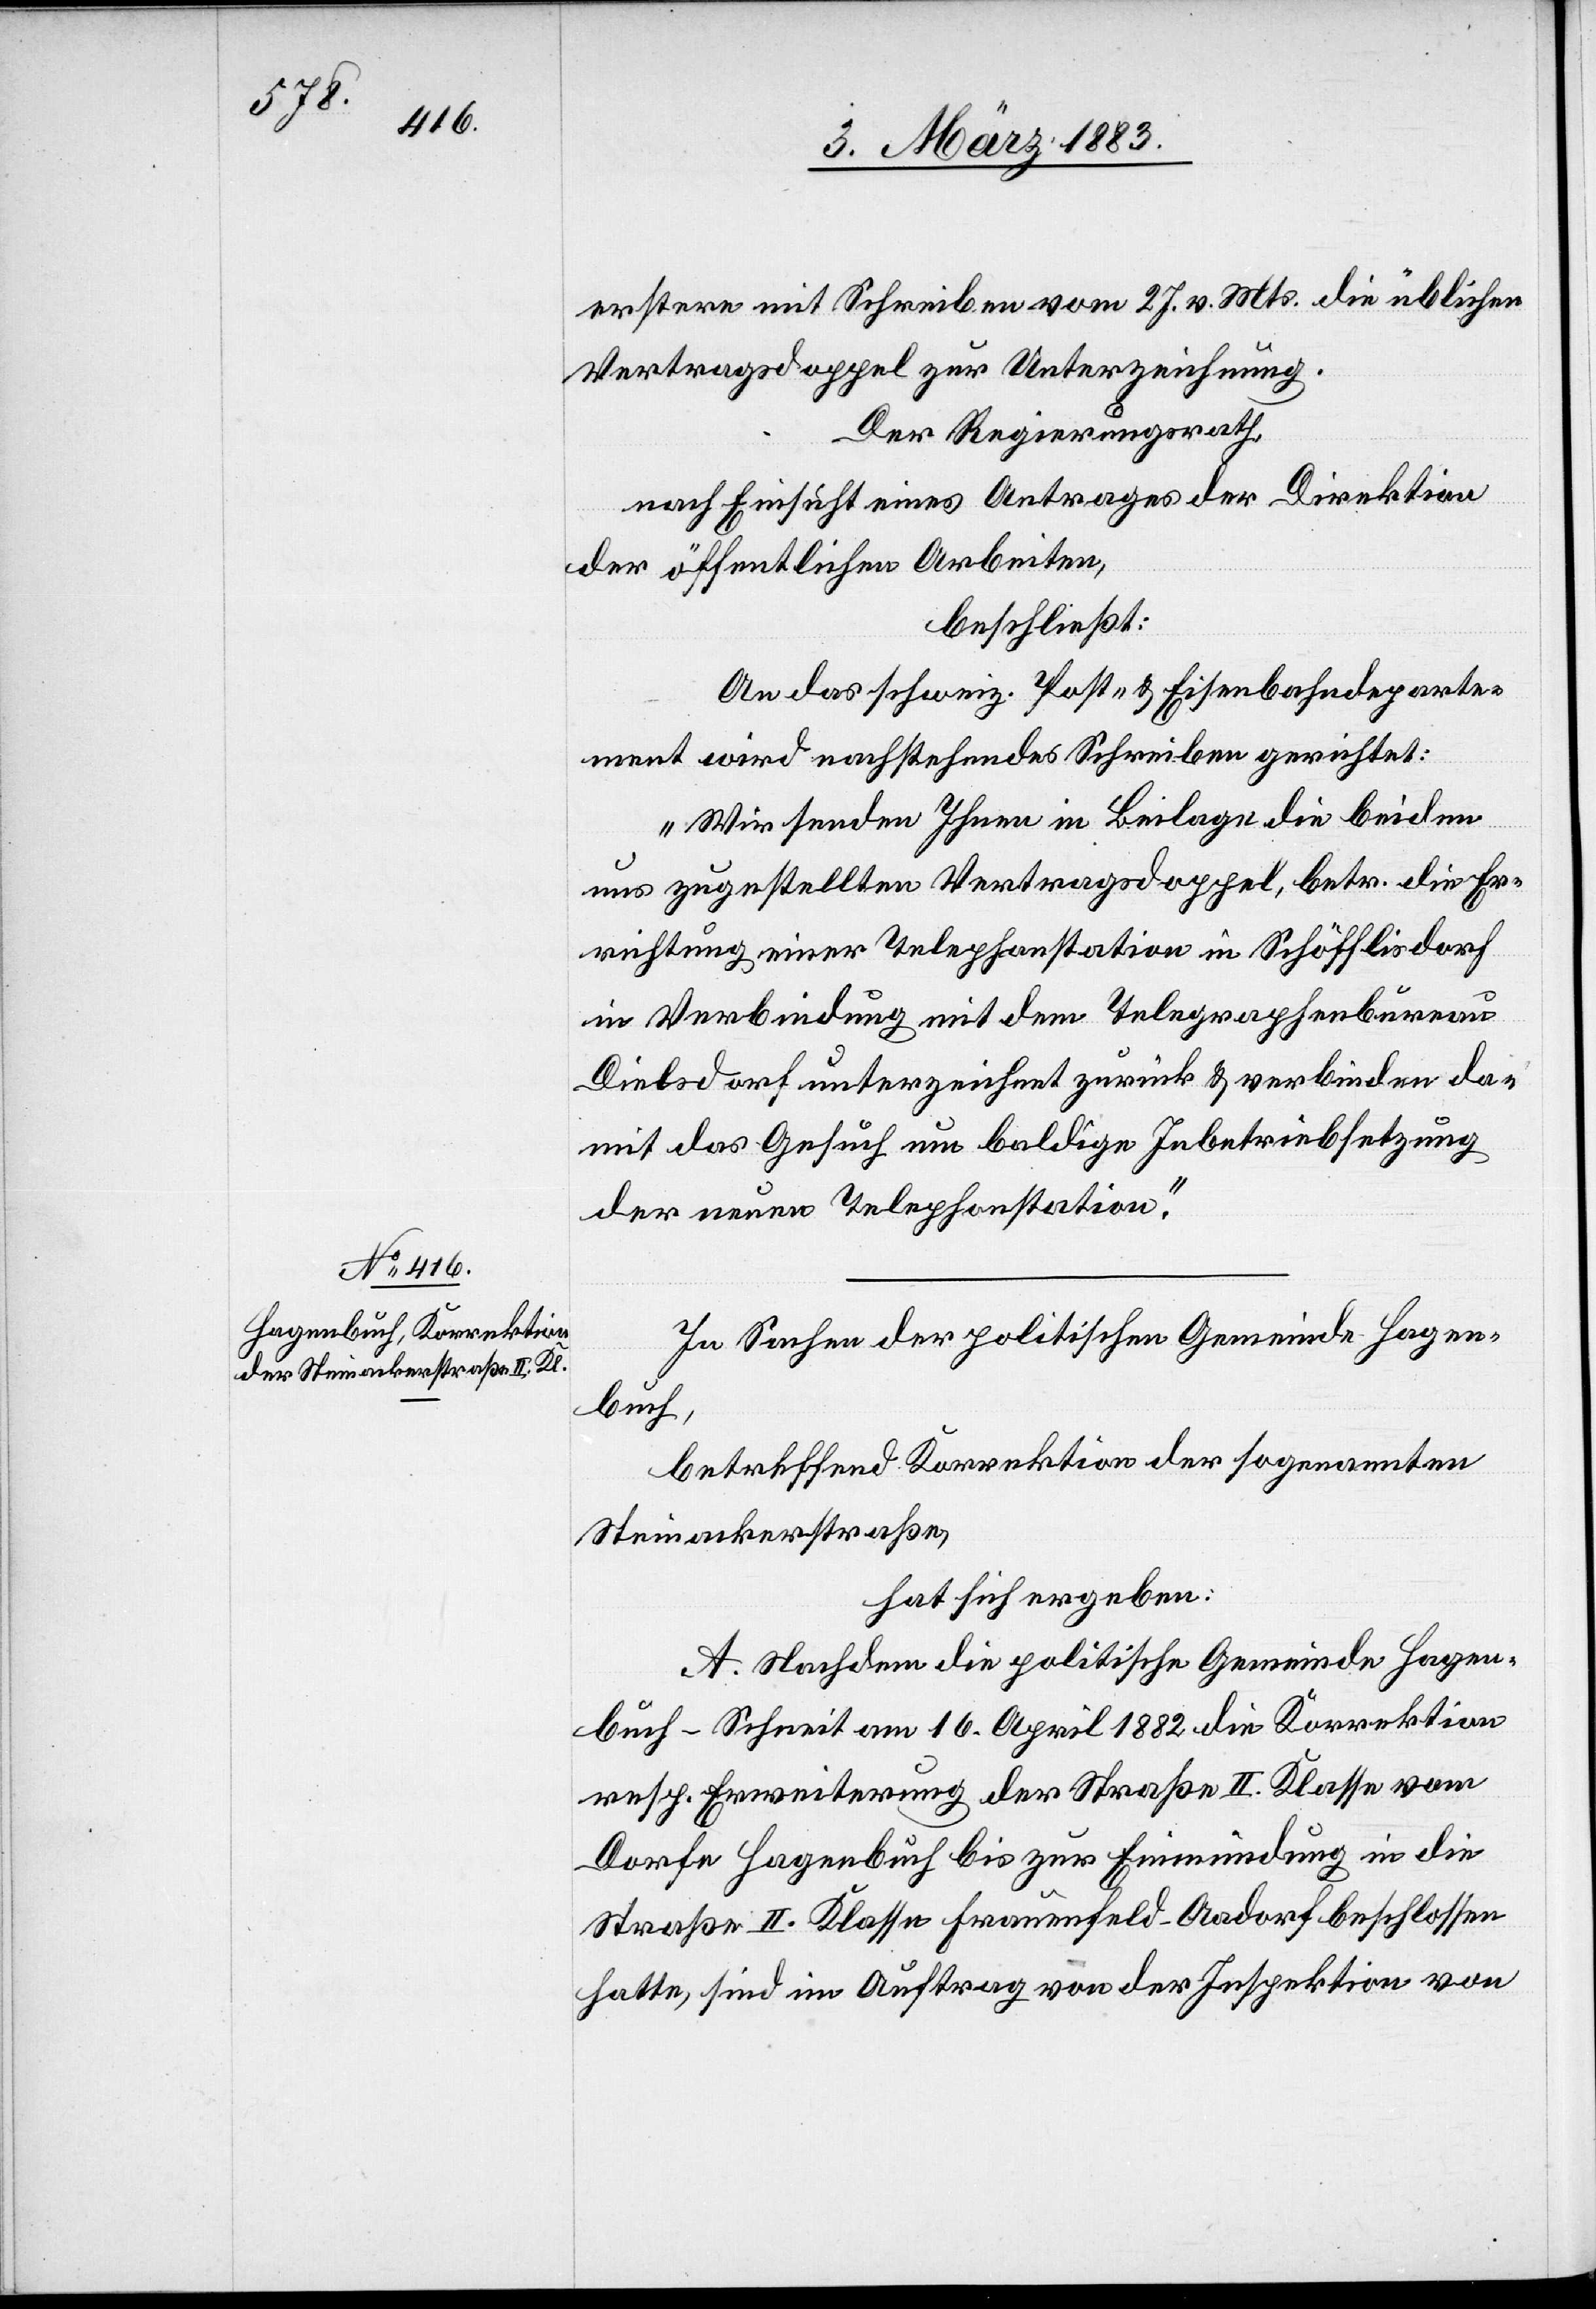
erstere mit Schreiben vom 27. v. Mts. die üblichen
Vertragsdoppel zur Unterzeichnung.
Der Regierungsrath,
nach Einsicht eines Antrages der Direktion
der öffentlichen Arbeiten,
beschließt:
An das schweiz. Post- & Eisenbahndeparte¬
ment wird nachstehendes Schreiben gerichtet:
„Wir senden Ihnen in Beilage die beiden
uns zugestellten Vertragsdoppel, betr. die Er¬
richtung einer Telephonstation in Schöfflisdorf
in Verbindung mit dem Telegraphenbureau
Dielsdorf unterzeichnet zurück & verbinden da¬
mit das Gesuch um baldige Inbetriebsetzung
der neuen Telephonstation.“
In Sachen der politischen Gemeinde Hagen¬
buch,
betreffend Korrektion der sogenannten
Steinackerstraße,
hat sich ergeben:
A. Nachdem die politische Gemeinde Hagen¬
buch-Schneit am 16. April 1882 die Korrektion
resp. Erweiterung der Straße II. Klasse vom
Dorfe Hagenbuch bis zur Einmündung in die
Straße II. Klasse Frauenfeld–Aadorf beschlossen
hatte, sind im Auftrag von der Inspektion von